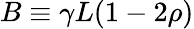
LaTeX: B\equiv\gamma L(1-2\rho)